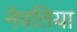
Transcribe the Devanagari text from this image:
नेवतिया